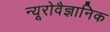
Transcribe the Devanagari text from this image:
न्यूरोवैज्ञानिक